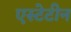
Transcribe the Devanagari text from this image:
एस्टेटीन